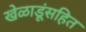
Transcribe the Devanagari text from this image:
खेळाडूंसहित